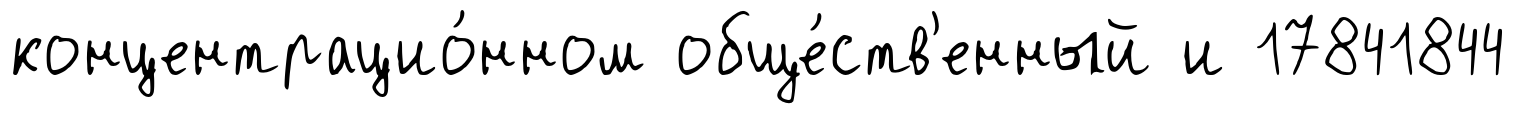
концентрацио́нном обще́ств'енный и 17841844